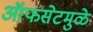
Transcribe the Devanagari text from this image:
ऑफसेटमुळे